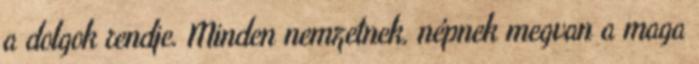
a dolgok rendje. Minden nemzetnek, népnek megvan a maga